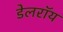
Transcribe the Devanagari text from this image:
डेलराॅय